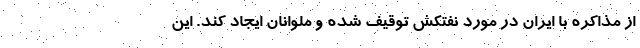
از مذاکره با ایران در مورد نفتکش توقیف شده و ملوانان ایجاد کند. این